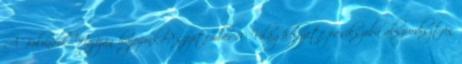
A Bolondok Hajóján hajózunk-e? szeptember 10 Világhelyzete pánikszoba abszurdisztán